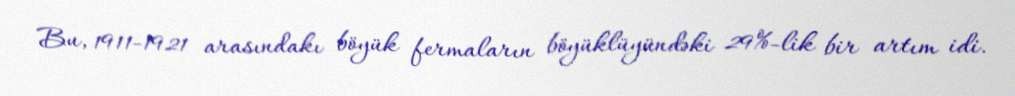
Bu, 1911-1921 arasındakı böyük fermaların böyüklüyündəki 29%-lik bir artım idi.